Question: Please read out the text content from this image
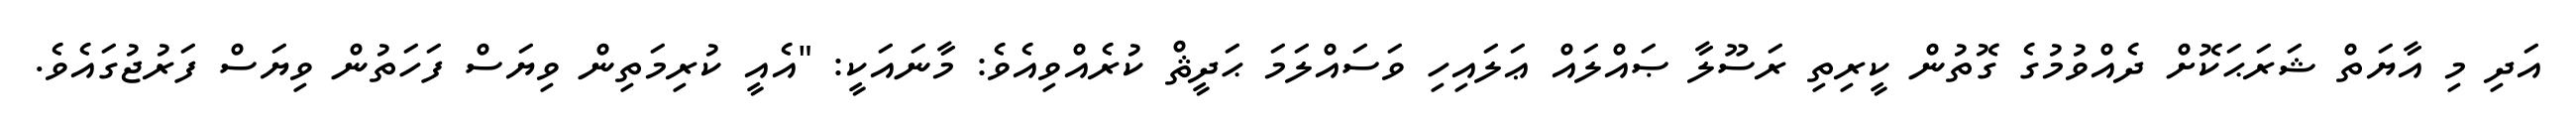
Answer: އަދި މި އާޔަތް ޝަރަޙަކޮށް ދެއްވުމުގެ ގޮތުން ކީރިތި ރަސޫލާ ޞައްލައް ޢަލައިހި ވަސައްލަމަ ޙަދީޘް ކުރެއްވިއެވެ: މާނައަކީ: "އެއީ ކުރިމަތިން ވިޔަސް ފަހަތުން ވިޔަސް ފަރުޖުގައެވެ.